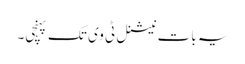
یہ بات نیشنل ٹی وی تک پہنچی۔